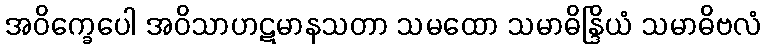
အဝိက္ခေပေါ အဝိသာဟဋမာနသတာ သမထော သမာဓိန္ဒြိယံ သမာဓိဗလံ